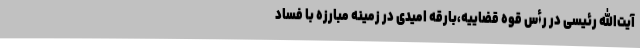
آیت‌الله رئیسی در رأس قوه قضاییه،بارقه امیدی در زمینه مبارزه با فساد